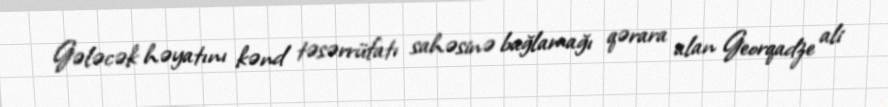
Gələcək həyatını kənd təsərrüfatı sahəsinə bağlamağı qərara alan Georqadze ali